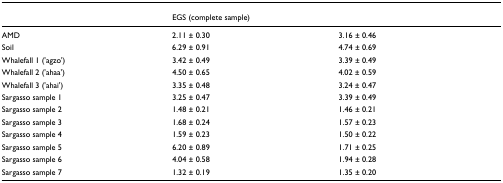
<table><thead><tr><td>[EMPTY_CELL]</td><td><b>EGS (complete sample)</b></td><td>[EMPTY_CELL]</td></tr></thead><tbody><tr><td>AMD</td><td>2.11 ± 0.30</td><td>3.16 ± 0.46</td></tr><tr><td>Soil</td><td>6.29 ± 0.91</td><td>4.74 ± 0.69</td></tr><tr><td>Whalefall 1 ('agzo')</td><td>3.42 ± 0.49</td><td>3.39 ± 0.49</td></tr><tr><td>Whalefall 2 ('ahaa')</td><td>4.50 ± 0.65</td><td>4.02 ± 0.59</td></tr><tr><td>Whalefall 3 ('ahai')</td><td>3.35 ± 0.48</td><td>3.24 ± 0.47</td></tr><tr><td>Sargasso sample 1</td><td>3.25 ± 0.47</td><td>3.39 ± 0.49</td></tr><tr><td>Sargasso sample 2</td><td>1.48 ± 0.21</td><td>1.46 ± 0.21</td></tr><tr><td>Sargasso sample 3</td><td>1.68 ± 0.24</td><td>1.57 ± 0.23</td></tr><tr><td>Sargasso sample 4</td><td>1.59 ± 0.23</td><td>1.50 ± 0.22</td></tr><tr><td>Sargasso sample 5</td><td>6.20 ± 0.89</td><td>1.71 ± 0.25</td></tr><tr><td>Sargasso sample 6</td><td>4.04 ± 0.58</td><td>1.94 ± 0.28</td></tr><tr><td>Sargasso sample 7</td><td>1.32 ± 0.19</td><td>1.35 ± 0.20</td></tr></tbody></table>